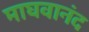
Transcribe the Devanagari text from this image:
माघवानंद